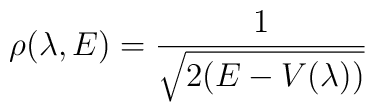
\rho (\lambda , E ) = \frac{1}{\sqrt{2(E - V(\lambda))}}